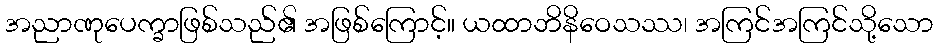
အညာဏုပေက္ခာဖြစ်သည်၏ အဖြစ်ကြောင့်။ ယထာဘိနိဝေသဿ၊ အကြင်အကြင်သို့သော